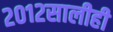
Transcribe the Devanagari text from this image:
२०१२सालीही